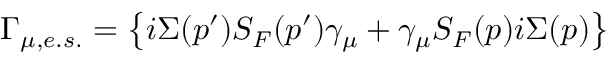
\Gamma _ { \mu , e . s . } = \left\{ i \Sigma ( p ^ { \prime } ) S _ { F } ( p ^ { \prime } ) \gamma _ { \mu } + \gamma _ { \mu } S _ { F } ( p ) i \Sigma ( p ) \right\}